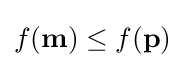
f(\mathbf {m} )\leq f(\mathbf {p} )